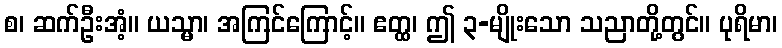
စ၊ ဆက်ဦးအံ့။ ယသ္မာ၊ အကြင်ကြောင့်။ ဧတ္ထ၊ ဤ ၃-မျိုးသော သညာတို့တွင်။ ပုရိမာ၊